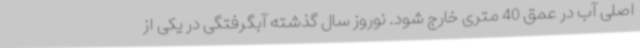
اصلی آب در عمق 40 متری خارج شود. نوروز سال گذشته آبگرفتگی در یکی از